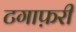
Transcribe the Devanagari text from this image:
टगाफ़री